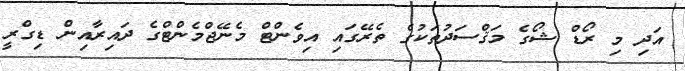
އަދި މި ރޯޑް ޝޯގެ މަޤްސަދުތަކުގެ ތެރޭގައި އިވެންޓް މެނޭޖްމެންޓްގެ ދައިރާއިން ޑިގްރީ